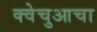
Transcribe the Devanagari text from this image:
क्वेचुआचा